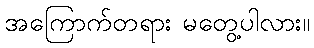
အကြောက်တရား မတွေ့ပါလား။